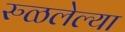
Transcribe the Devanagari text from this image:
रुळलेल्या